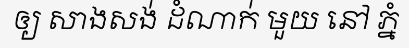
ឲ្យ សាងសង់ ដំណាក់ មួយ នៅ ភ្នំ